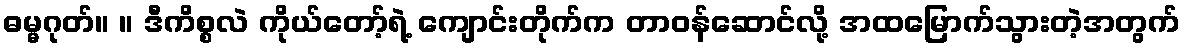
ဓမ္မဂုတ်။ ။ ဒီကိစ္စလဲ ကိုယ်တော့်ရဲ့ ကျောင်းတိုက်က တာဝန်ဆောင်လို့ အထမြောက်သွားတဲ့အတွက်